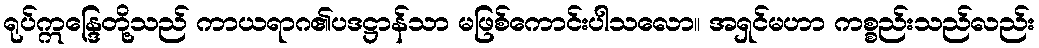
ရုပ်ဣန္ဒြေတို့သည် ကာယရာဂ၏ပဒဋ္ဌာန်သာ မဖြစ်ကောင်းပါသလော။ အရှင်မဟာ ကစ္စည်းသည်လည်း